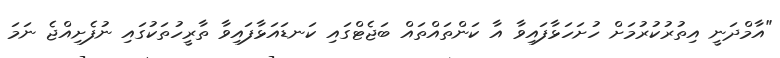
"އާމްދަނީ އިތުރުކުރުމަށް ހުށަހަޅާފައިވާ އާ ކަންތައްތައް ބަޖެޓްގައި ކަނޑައަޅާފައިވާ ތާރީހުތަކުގައި ނުފެށިއްޖެ ނަމަ